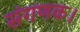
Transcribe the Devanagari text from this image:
संगणक।